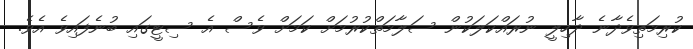
ކުރިމަތިވެދާނެ ދާހިލީ ނުރައްކަލަކުން ސަލާމަތްކުރުމަށް ކަމަށް ވެސް އެ ސިޓީގައި ބުނެފައިވެ އެވެ.